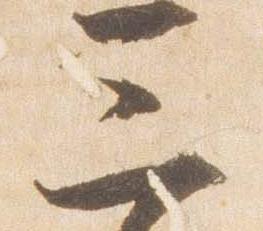
三